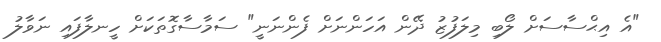
"އެ އިޙްސާސަށް ލޯބި މިލަފުޒު ދޭން އަހަންނަށް ފެންނަނީ" ސަމާސާގޮތަކަށް ހީނލާފައި ނަވާލު